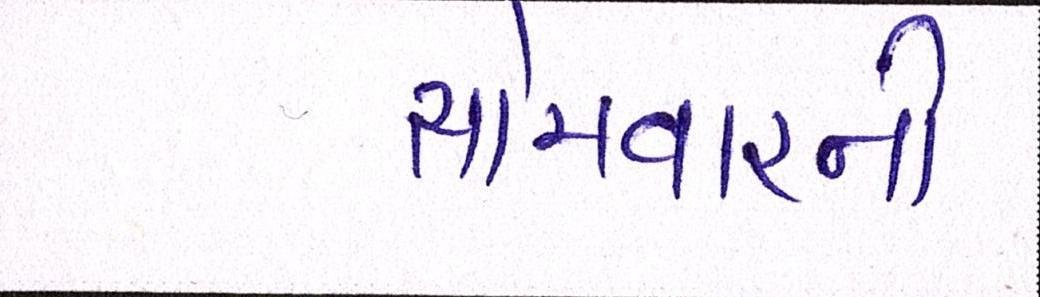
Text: સોમવારની